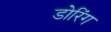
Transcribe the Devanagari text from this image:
डोरिंग